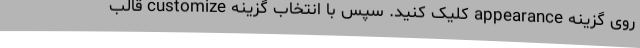
روی گزینه appearance کلیک کنید. سپس با انتخاب گزینه customize قالب